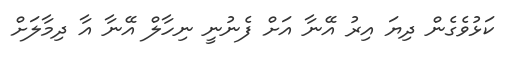
ކަޅުވެގެން ދިޔަ އިރު އޭނާ އަށް ފެނުނީ ނިހާލް އޭނާ އާ ދިމާލަށް